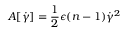
A [ \dot { \gamma } ] = \frac { 1 } { 2 } \epsilon ( n - 1 ) \dot { \gamma } ^ { 2 }